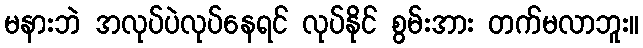
မနားဘဲ အလုပ်ပဲလုပ်နေရင် လုပ်နိုင် စွမ်းအား တက်မလာဘူး။